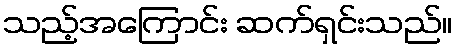
သည့်အကြောင်း ဆက်ရှင်းသည်။